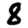
Digit: 8